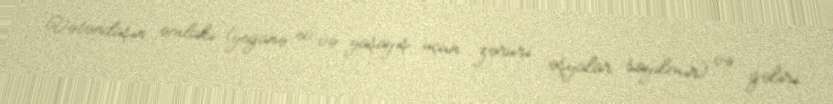
Vətəndaşın əmlakı (yeganə ev və yaşayış üçün zəruri əşyalar sayılmır) və gəliri